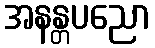
အနန္တပညော